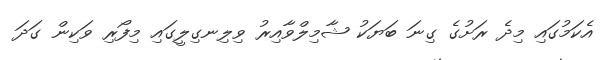
އެކަމުގައި މިދެ ރަށުގެ ގިނަ ބަޔަކު ޝާމިލްވާއިރު ވިލިނގިލީގައި މިފޯރި ވަކިން ގަދަ